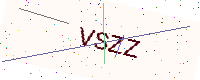
Text: VSZZ